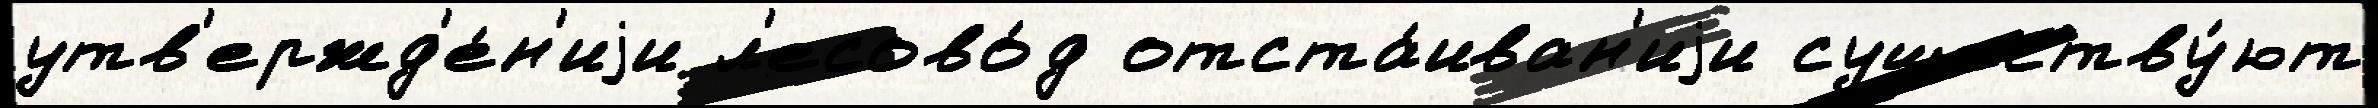
утв'ержд'е́н'иjи л'есово́д отста́иван'иjи существу́ют